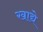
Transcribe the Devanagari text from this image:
खाद्ये